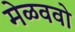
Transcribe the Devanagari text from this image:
मेळववो